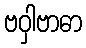
ဗဝှါဗာဓာ